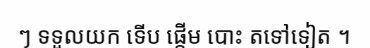
ៗ ទទួលយក ទើប ផ្តើម បោះ តទៅទៀត ។